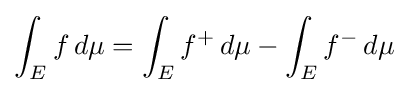
\int _{E}f\,d\mu =\int _{E}f^{+}\,d\mu -\int _{E}f^{-}\,d\mu